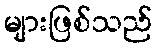
များဖြစ်သည်